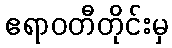
ဧရာဝတီတိုင်းမှ